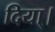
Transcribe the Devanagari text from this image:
दिया्।